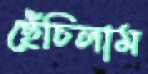
ছেঁচিলাম